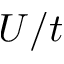
U / t